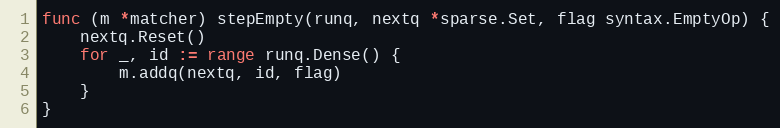
Language: Go
func (m *matcher) stepEmpty(runq, nextq *sparse.Set, flag syntax.EmptyOp) {
	nextq.Reset()
	for _, id := range runq.Dense() {
		m.addq(nextq, id, flag)
	}
}